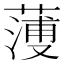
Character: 𦻈